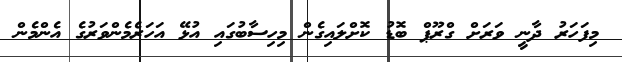
މިފަހަރު ދާނީ ވަރަށް ގްރޫޕް ބޮޑު ކޮށްލައިގެން މިހިސާބުގައި އުޅޭ އަހަރެމެންވަރުގެ އެންމެން